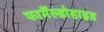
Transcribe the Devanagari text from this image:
फामैंल्डोहाइड